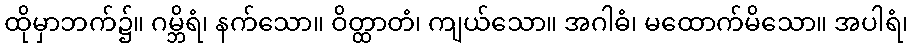
ထိုမှာဘက်၌။ ဂမ္ဘိရံ၊ နက်သော။ ဝိတ္ထာတံ၊ ကျယ်သော။ အဂါဓံ၊ မထောက်မိသော။ အပါရံ၊